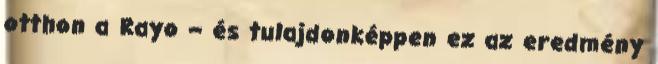
otthon a Rayo – és tulajdonképpen ez az eredmény